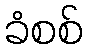
ခံစစ်